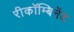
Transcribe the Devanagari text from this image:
रीकॉम्बिनेंट